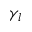
\gamma _ { l }